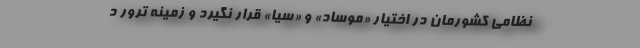
نظامی کشورمان در اختیار «موساد» و «سیا» قرار نگیرد و زمینه ترور د